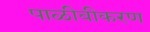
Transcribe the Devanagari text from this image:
पाळीवीकरण